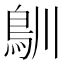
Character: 𩾧